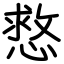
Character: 慦